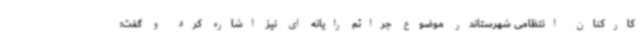
کارکنان انتظامی شهرستاندر موضوع جرائم رایانه ای نیز اشاره کرد و گفت: